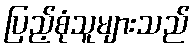
ပြည့်စုံသူများသည်